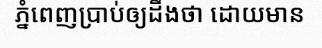
ភ្នំពេញប្រាប់ឲ្យដឹងថា ដោយមាន